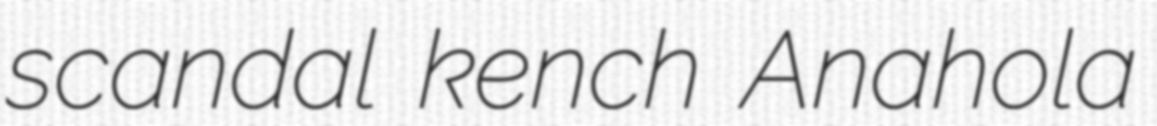
scandal kench Anahola